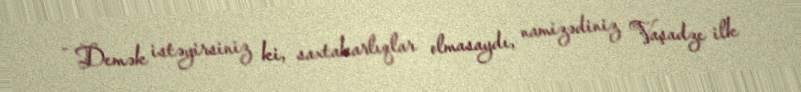
- Demək istəyirsiniz ki, saxtakarlıqlar olmasaydı, namizədiniz Vaşadze ilk